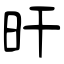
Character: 旰